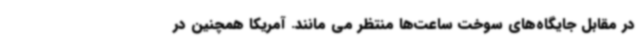
در مقابل جایگاه‌های سوخت ساعت‌ها منتظر می مانند. آمریکا همچنین در